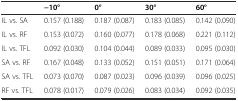
<table><thead><tr><td>[EMPTY_CELL]</td><td><b>-10°</b></td><td><b>0°</b></td><td><b>30°</b></td><td><b>60°</b></td></tr></thead><tbody><tr><td>IL vs. SA</td><td>0.157 (0.188)</td><td>0.187 (0.087)</td><td>0.183 (0.085)</td><td>0.142 (0.090)</td></tr><tr><td>IL vs. RF</td><td>0.153 (0.072)</td><td>0.160 (0.077)</td><td>0.178 (0.068)</td><td>0.221 (0.112)</td></tr><tr><td>IL vs. TFL</td><td>0.092 (0.030)</td><td>0.104 (0.044)</td><td>0.089 (0.033)</td><td>0.095 (0.030)</td></tr><tr><td>SA vs. RF</td><td>0.167 (0.048)</td><td>0.133 (0.052)</td><td>0.151 (0.051)</td><td>0.171 (0.064)</td></tr><tr><td>SA vs. TFL</td><td>0.073 (0.070)</td><td>0.087 (0.023)</td><td>0.096 (0.039)</td><td>0.096 (0.025)</td></tr><tr><td>RF vs. TFL</td><td>0.078 (0.017)</td><td>0.079 (0.026)</td><td>0.083 (0.034)</td><td>0.092 (0.035)</td></tr></tbody></table>